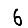
Digit: 6